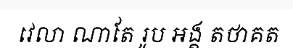
វេលា ណាតែ រូប អង្គ តថាគត